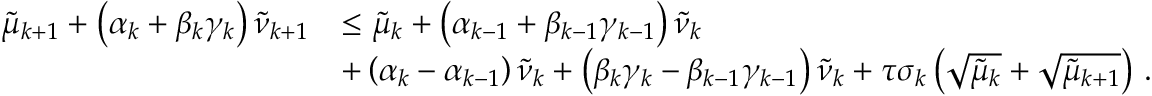
\begin{array} { r l } { { \tilde { \mu } } _ { k + 1 } + \left( { \alpha } _ { k } + { \beta } _ { k } { \gamma } _ { k } \right) { \tilde { \nu } } _ { k + 1 } } & { \leq { \tilde { \mu } } _ { k } + \left( { \alpha } _ { k - 1 } + { \beta } _ { k - 1 } { \gamma } _ { k - 1 } \right) { \tilde { \nu } } _ { k } } \\ & { + \left( { \alpha } _ { k } - { \alpha } _ { k - 1 } \right) { \tilde { \nu } } _ { k } + \left( { \beta } _ { k } { \gamma } _ { k } - { \beta } _ { k - 1 } { \gamma } _ { k - 1 } \right) { \tilde { \nu } } _ { k } + { \tau } { \sigma } _ { k } \left( \sqrt { { \tilde { \mu } } _ { k } } + \sqrt { { \tilde { \mu } } _ { k + 1 } } \right) \, . } \end{array}